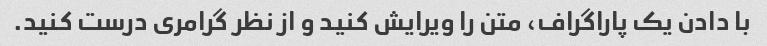
با دادن یک پاراگراف، متن را ویرایش کنید و از نظر گرامری درست کنید.